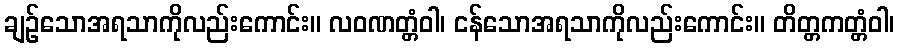
ချဉ်သောအရသာကိုလည်းကောင်း။ လဝဏတ္တံဝါ၊ ငန်သောအရသာကိုလည်းကောင်း။ တိတ္တကတ္တံဝါ၊